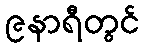
၉နာရီတွင်